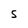
Character: S